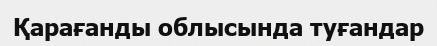
Қарағанды облысында туғандар